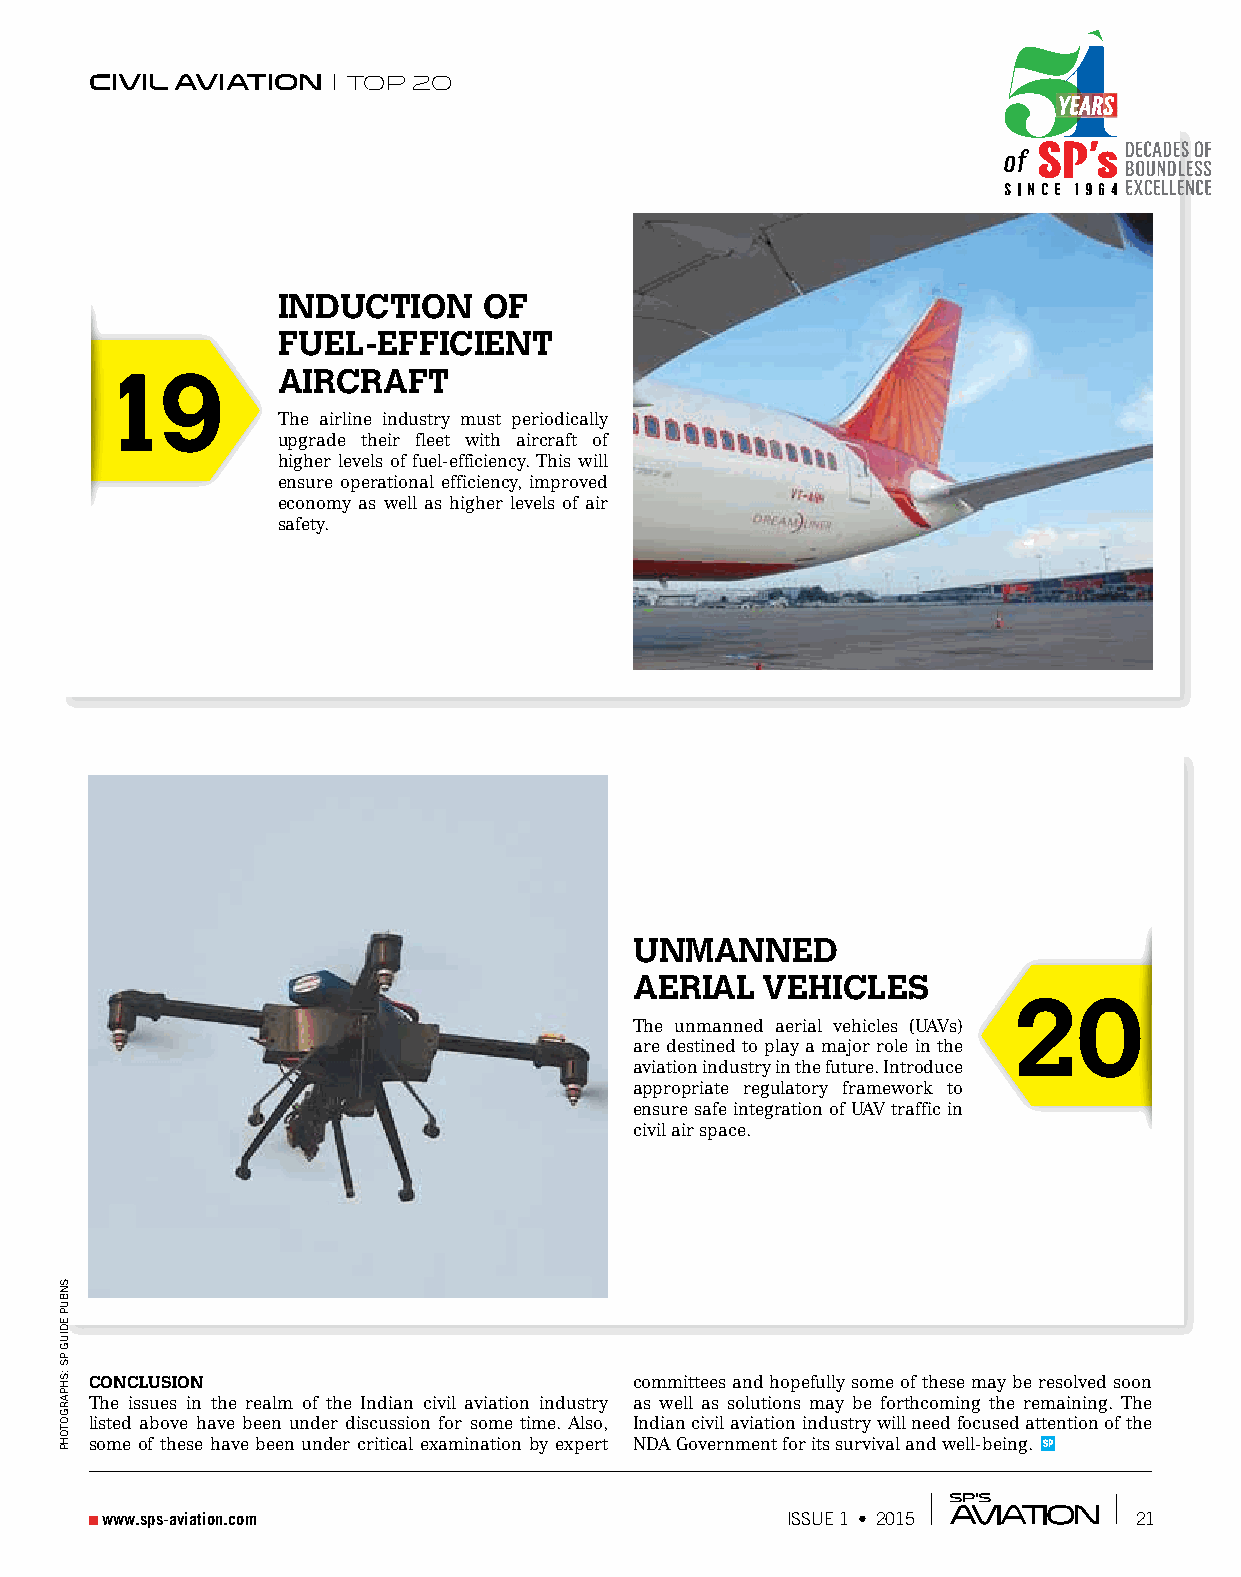
Civil AviAtion   TOP 20
 induCtion     of
 fuel-effiCient
 19         aiRCRaft
 The airline industry must periodically
 upgrade their fleet with aircraft of
 higher levels of fuel-efficiency. This will
 ensure operational efficiency, improved
 economy as well as higher levels of air
 safety.
 unmanned
 aeRial  vehiCles
 20
 The unmanned aerial vehicles (UAVs)
 are destined to play a major role in the
 aviation industry in the future. Introduce
 appropriate regulatory framework to
 ensure safe integration of UAV traffic in
 civil air space.
 ConClusion                          committees and hopefully some of these may be resolved soon
 The issues in the realm of the Indian civil aviation industry as well as solutions may be forthcoming the remaining. The
 listed above have been under discussion for some time. Also, Indian civil aviation industry will need focused attention of the
 some of these have been under critical examination by expert NDA Government for its survival and well-being. SP
 wwwwww..ssppss--aavviiaattiioonn..ccoomm     IISSSSUUEE 11 •• 22001155 2211
 snBuP
 edIug
 Ps
 :shPargotohP